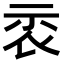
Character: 𥘖